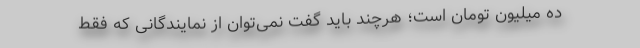
ده میلیون تومان است؛ هرچند باید گفت نمی‌توان از نمایندگانی که فقط